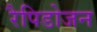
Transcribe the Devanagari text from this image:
रैपिडोजन